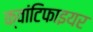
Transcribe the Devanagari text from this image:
क्वांटिफाइयर